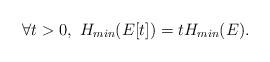
LaTeX: \begin{align*}\forall t>0, \ H_{min}(E[t])= t H_{min} (E).\end{align*}